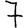
Digit: 7